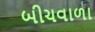
બીચવાળા